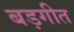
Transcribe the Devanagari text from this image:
बड़गीत